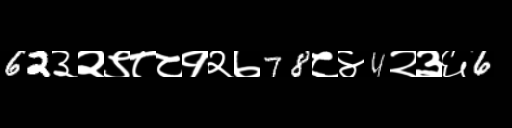
Text: 62३२९८८१२७78८४4२३६6